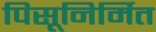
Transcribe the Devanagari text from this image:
पिसूनिर्मित